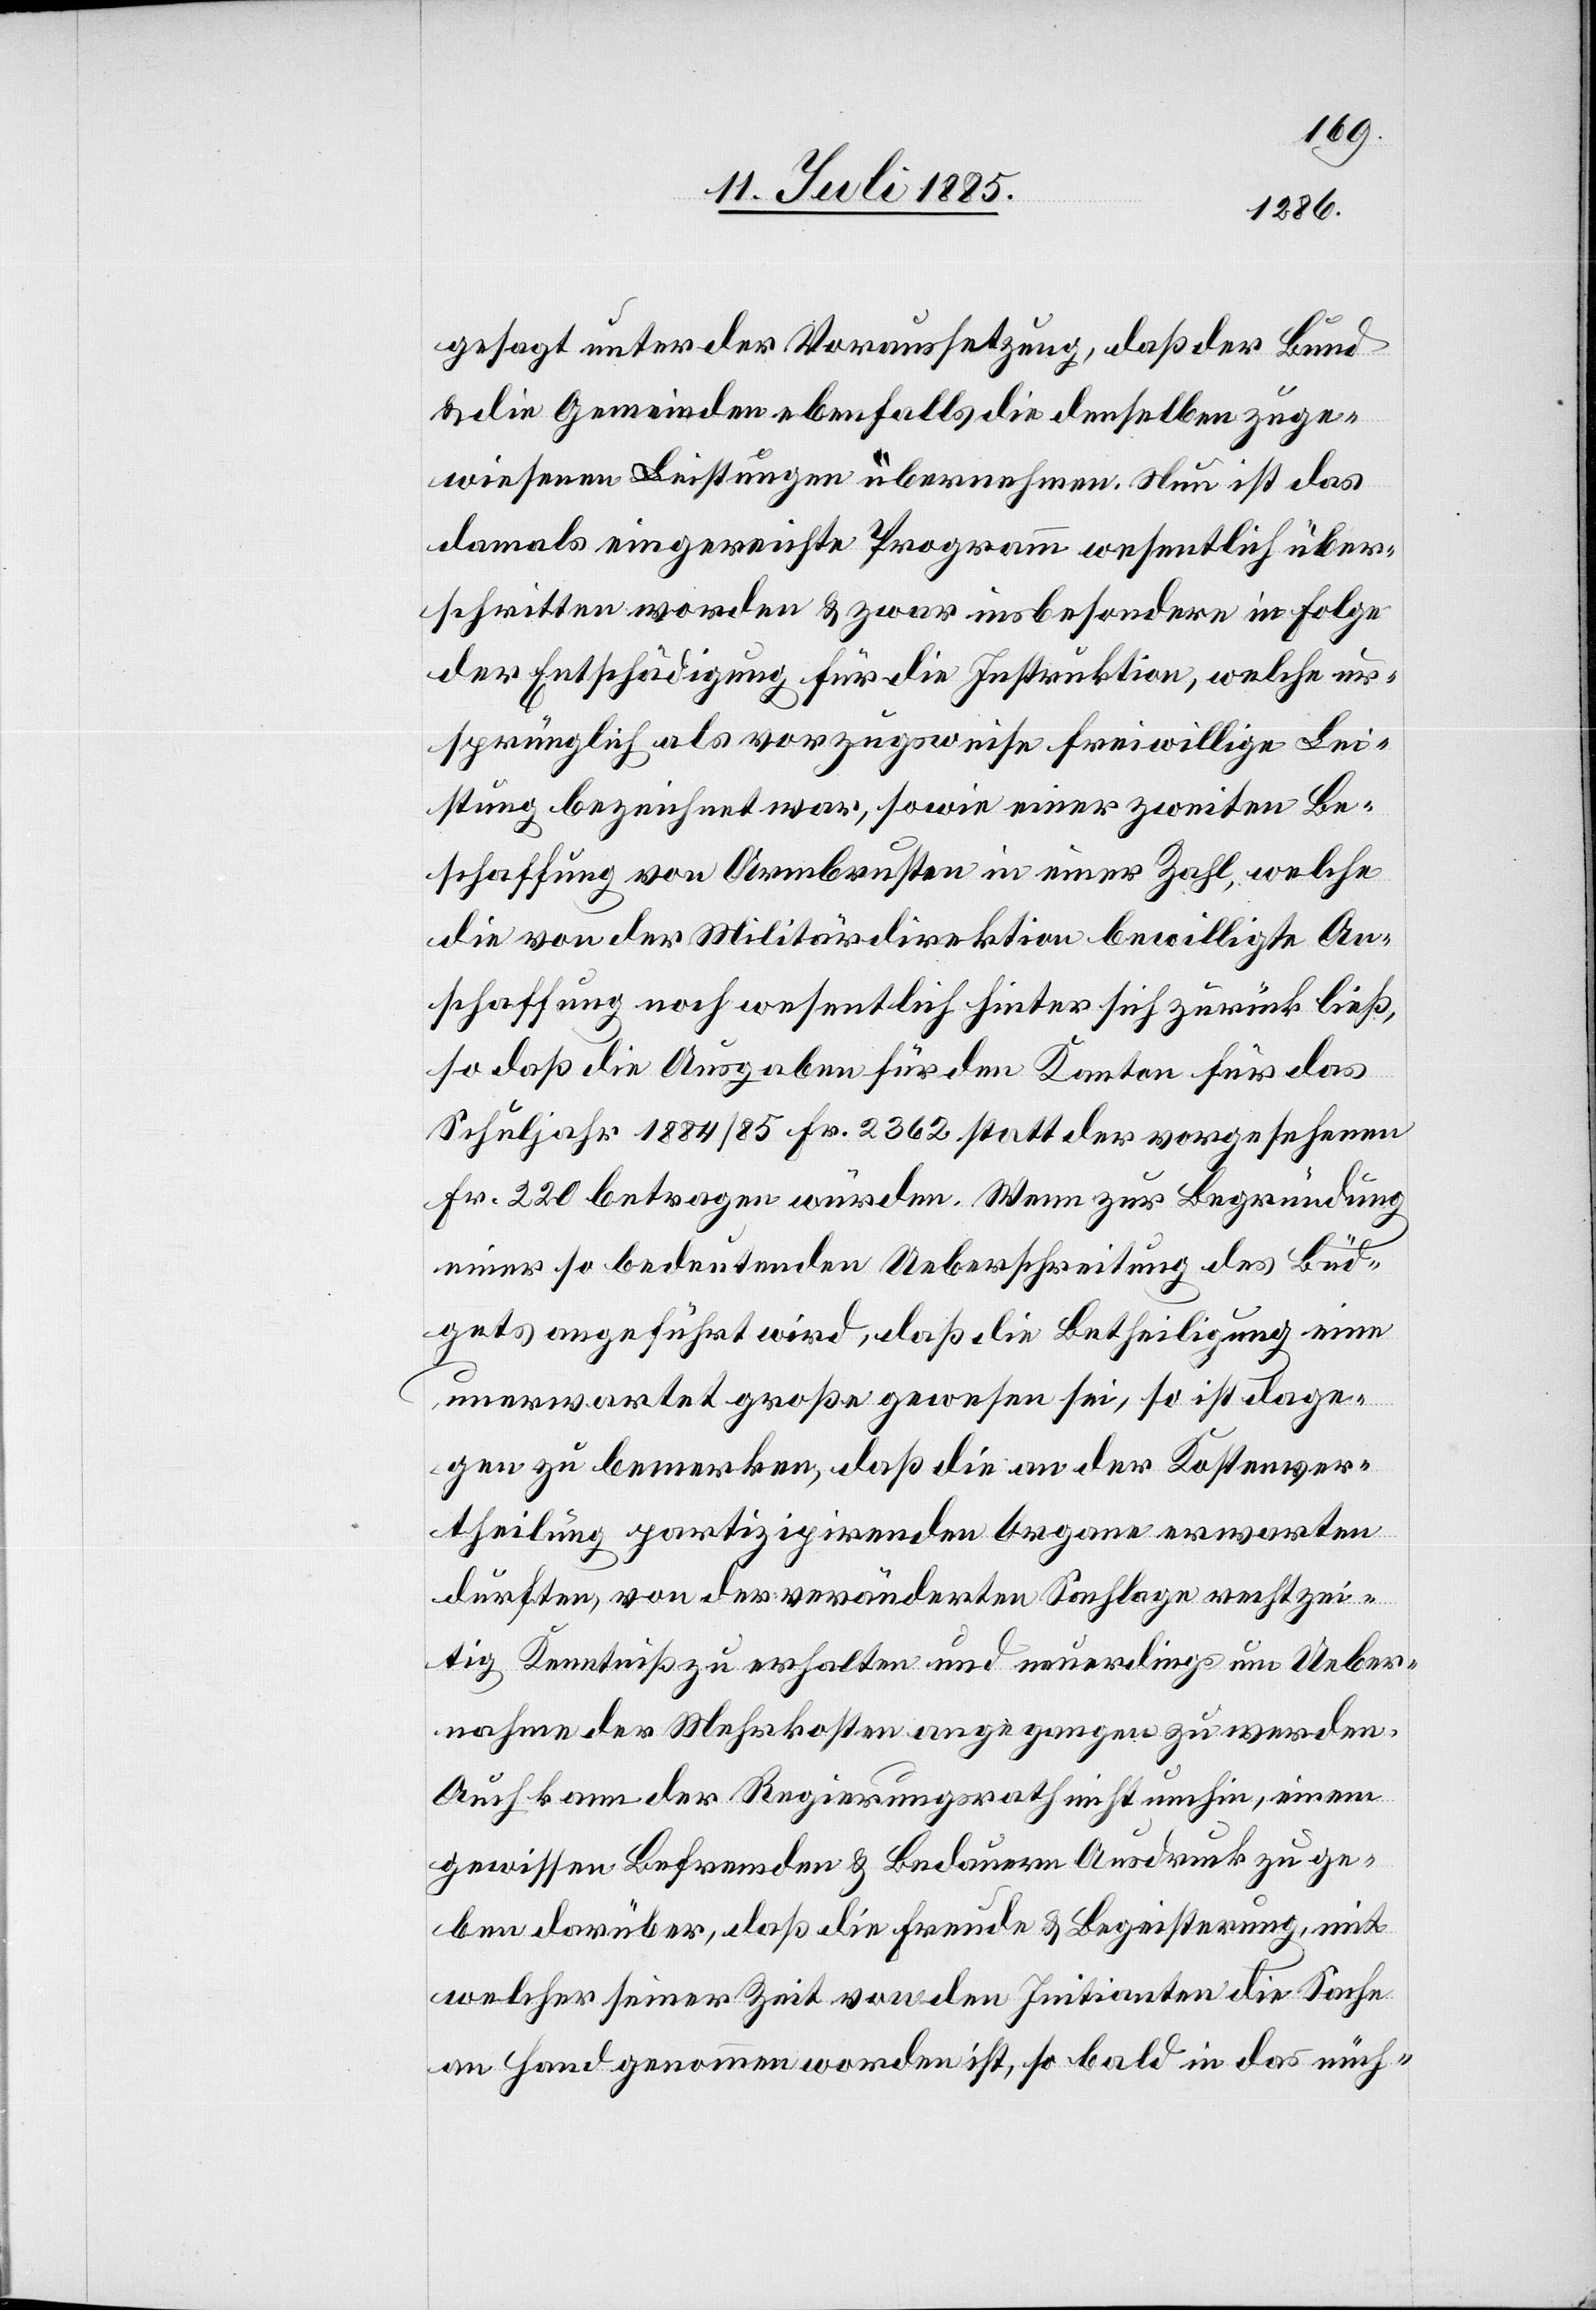
gesagt unter der Voraussetzung, daß der Bund
& die Gemeinden ebenfalls die denselben zuge¬
wiesenen Leistungen übernehmen. Nun ist das
damals eingereichte Programm wesentlich über¬
schritten worden & zwar insbesondere in Folge
der Entschädigung für die Instruktion, welche ur¬
sprünglich als vorzugsweise freiwillige Lei¬
stung bezeichnet war, sowie einer zweiten Be¬
schaffung von Armbrusten in einer Zahl, welche
die von der Militärdirektion bewilligte An¬
schaffung noch wesentlich hinter sich zurück ließ,
so daß die Ausgaben für den Kanton für das
Schuljahr 1884/85 Fr. 2362 statt der vorgesehenen
Fr. 220 betragen würden. Wenn zur Begründung
einer so bedeutenden Ueberschreitung des Büd¬
gets angeführt wird, daß die Betheiligung eine
unerwartet große gewesen sei, so ist dage¬
gen zu bemerken, daß die an der Kostenver¬
theilung partizipirenden Organe erwarten
durften, von der veränderten Sachlage rechtzei¬
tig Kenntniß zu erhalten und neuerdings um Ueber¬
nahme der Mehrkosten angegangen zu werden.
Auch kann der Regierungsrath nicht umhin, einem
gewissen Befremden & Bedauern Ausdruck zu ge¬
ben darüber, daß die Freude & Begeisterung, mit
welcher seiner Zeit von den Initianten die Sache
an Hand genommen worden ist, so bald in das nüch-